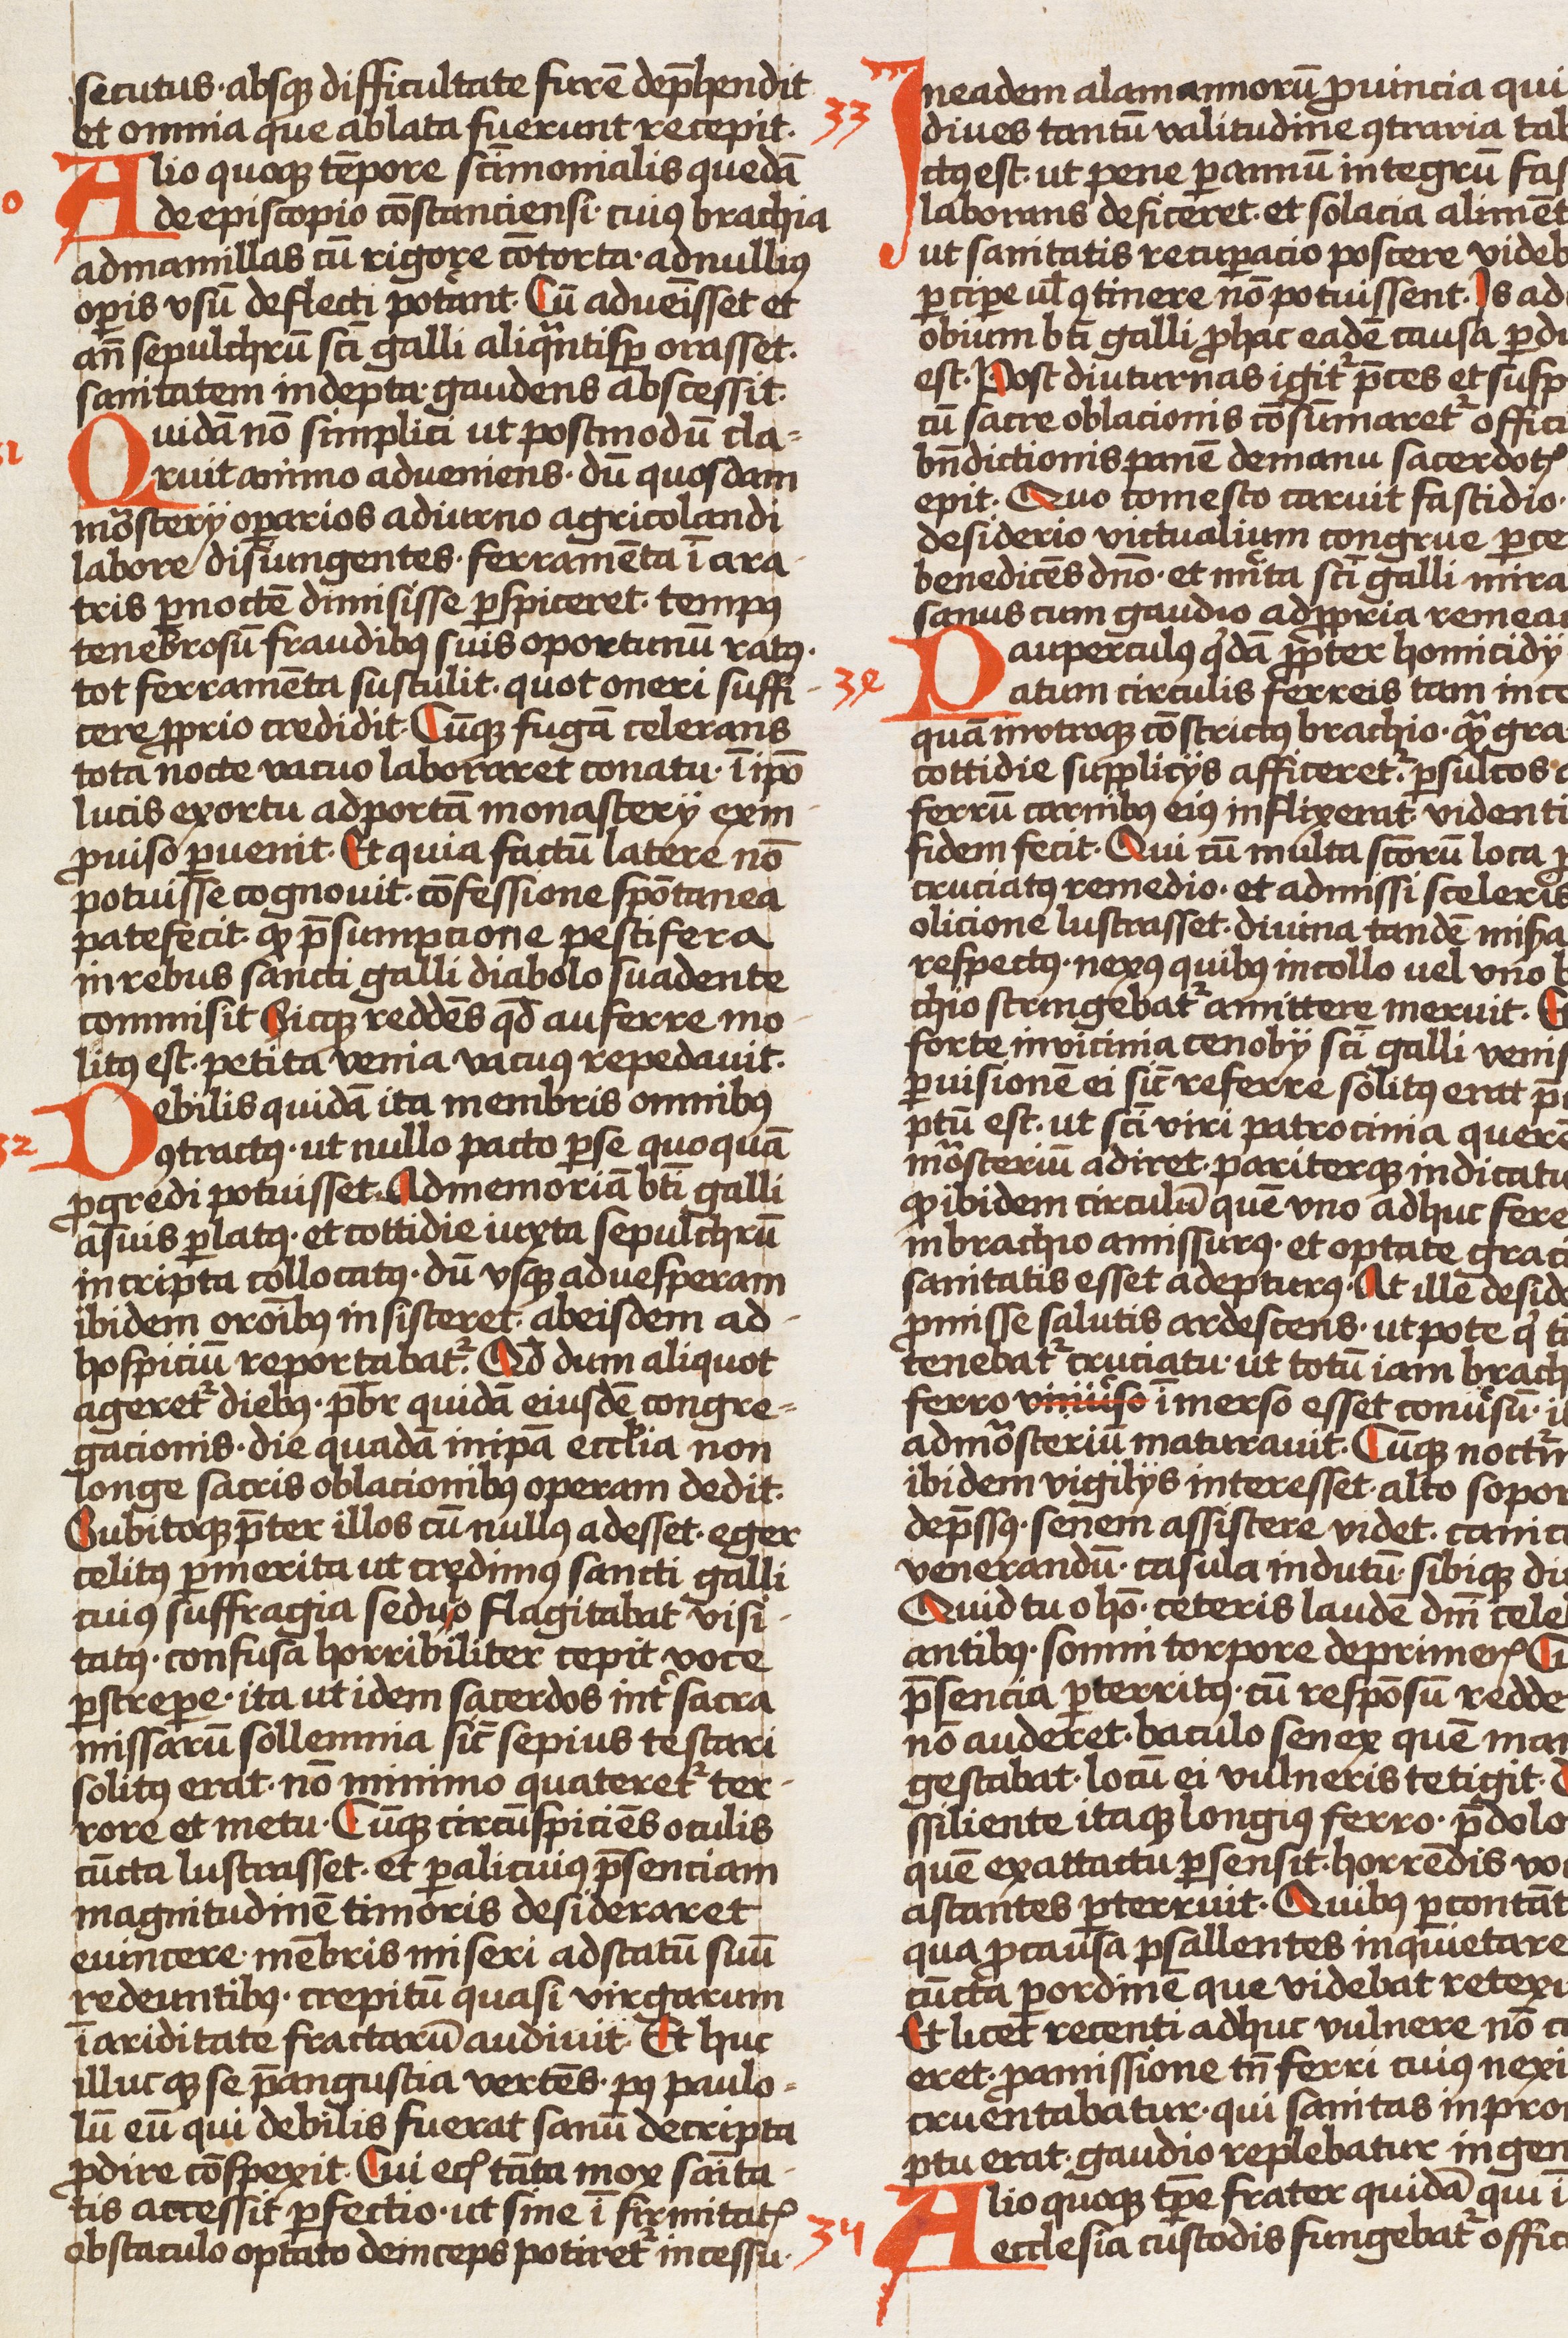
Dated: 1450–1499